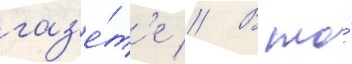
газ'е́т'е // В то́